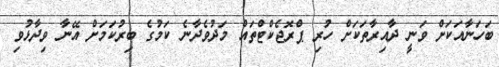
ބަހަނާއަކަށް ވަނީ ދާއިރާތަކަށް ހުރި ޕްރޮޖެކްޓްތައް މަދުވެދާނެ ކަމުގެ ބިރުކަމަށް އޭނާ ވިދާޅުވި